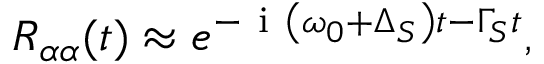
R _ { \alpha \alpha } ( t ) \approx e ^ { - \ensuremath { \mathrm { ~ i ~ } } \left( \omega _ { 0 } + \Delta _ { S } \right) t - \Gamma _ { S } t } ,